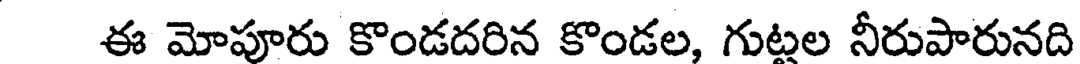
ఈ మోహరు కొండదరిన కొండల, గుటల నీరుపారునది